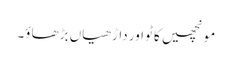
مونچھیں کاٹو اور داڑھیاں بڑھاؤ۔